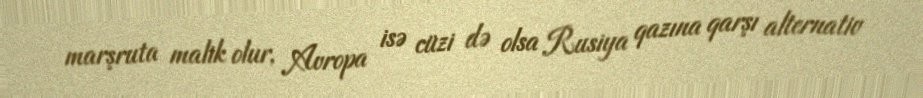
marşruta malik olur, Avropa isə cüzi də olsa Rusiya qazına qarşı alternativ